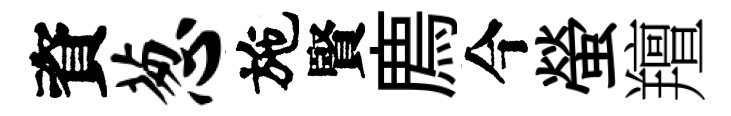
資葱施賢廌今螢羶